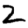
Digit: 2